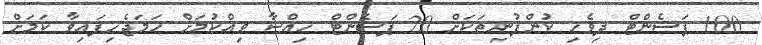
100 ޕަސެންޓް ދިވެހި ކުންފުނިތަކަށް 20 ޕަސެންޓް ހިއްސާ ވިއްކުމަށް ހަމަޖެހިފައިވާ ކަމަށް